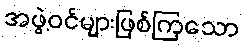
အဖွဲ့ဝင်များဖြစ်ကြသော